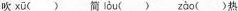
吹 xū () 简 lòu() zào ()热